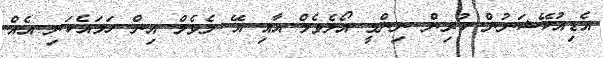
އެޑިއުކޭޝަނުން ކުރިން ނިންމީ އޯލެވެލް އާއި އޭ ލެވެލް އިން ހަމައެކަނި އެއް